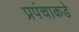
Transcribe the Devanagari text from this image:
प्रपंचाकडे